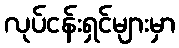
လုပ်ငန်းရှင်များမှာ